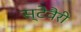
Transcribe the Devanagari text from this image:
स्टेवैरी